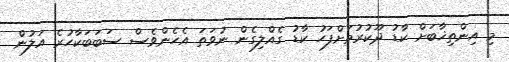
މި އިންތިޚާބަށް ކާޑު ދޫކުރުމަށްފަހު ކާޑު ގެއްލިގެން ނުވަތަ އެހެންވެސް ސަބަބަކާހުރެ އަލުން